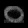
Digit: ၀